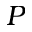
P